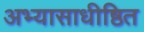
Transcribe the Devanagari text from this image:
अभ्यासाधीष्ठित